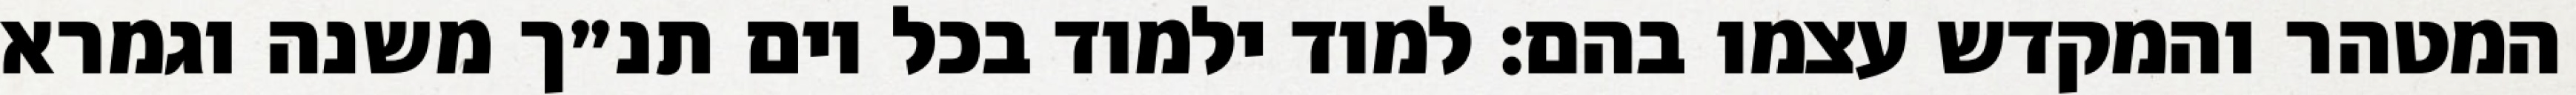
המטהר והמקדש עצמו בהם: למוד ילמוד בכל יום תנ״ך משנה וגמרא